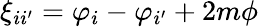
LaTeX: \xi_{ii^{\prime}}=\varphi_{i}-\varphi_{i^{\prime}}+2m\phi